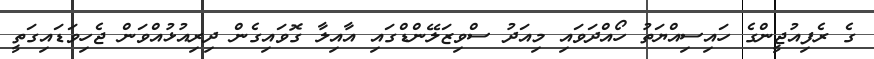
ގެ ރެފިއުޖީންގެ ހައިސިއްޔަތު ހޯއްދަވައި މިއަދު ސްވިޒަލޭންޑްގައި އާއިލާ ގޮވައިގެން ދިރިއުޅުއްވަން ޖެހިވަޑައިގަތީ